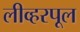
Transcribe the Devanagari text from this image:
लीव्हरपूल